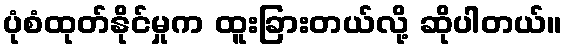
ပုံစံထုတ်နိုင်မှုက ထူးခြားတယ်လို့ ဆိုပါတယ်။